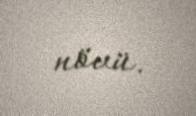
növü.